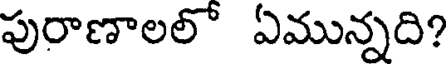
పురాణాలలో ఏమున్నది?